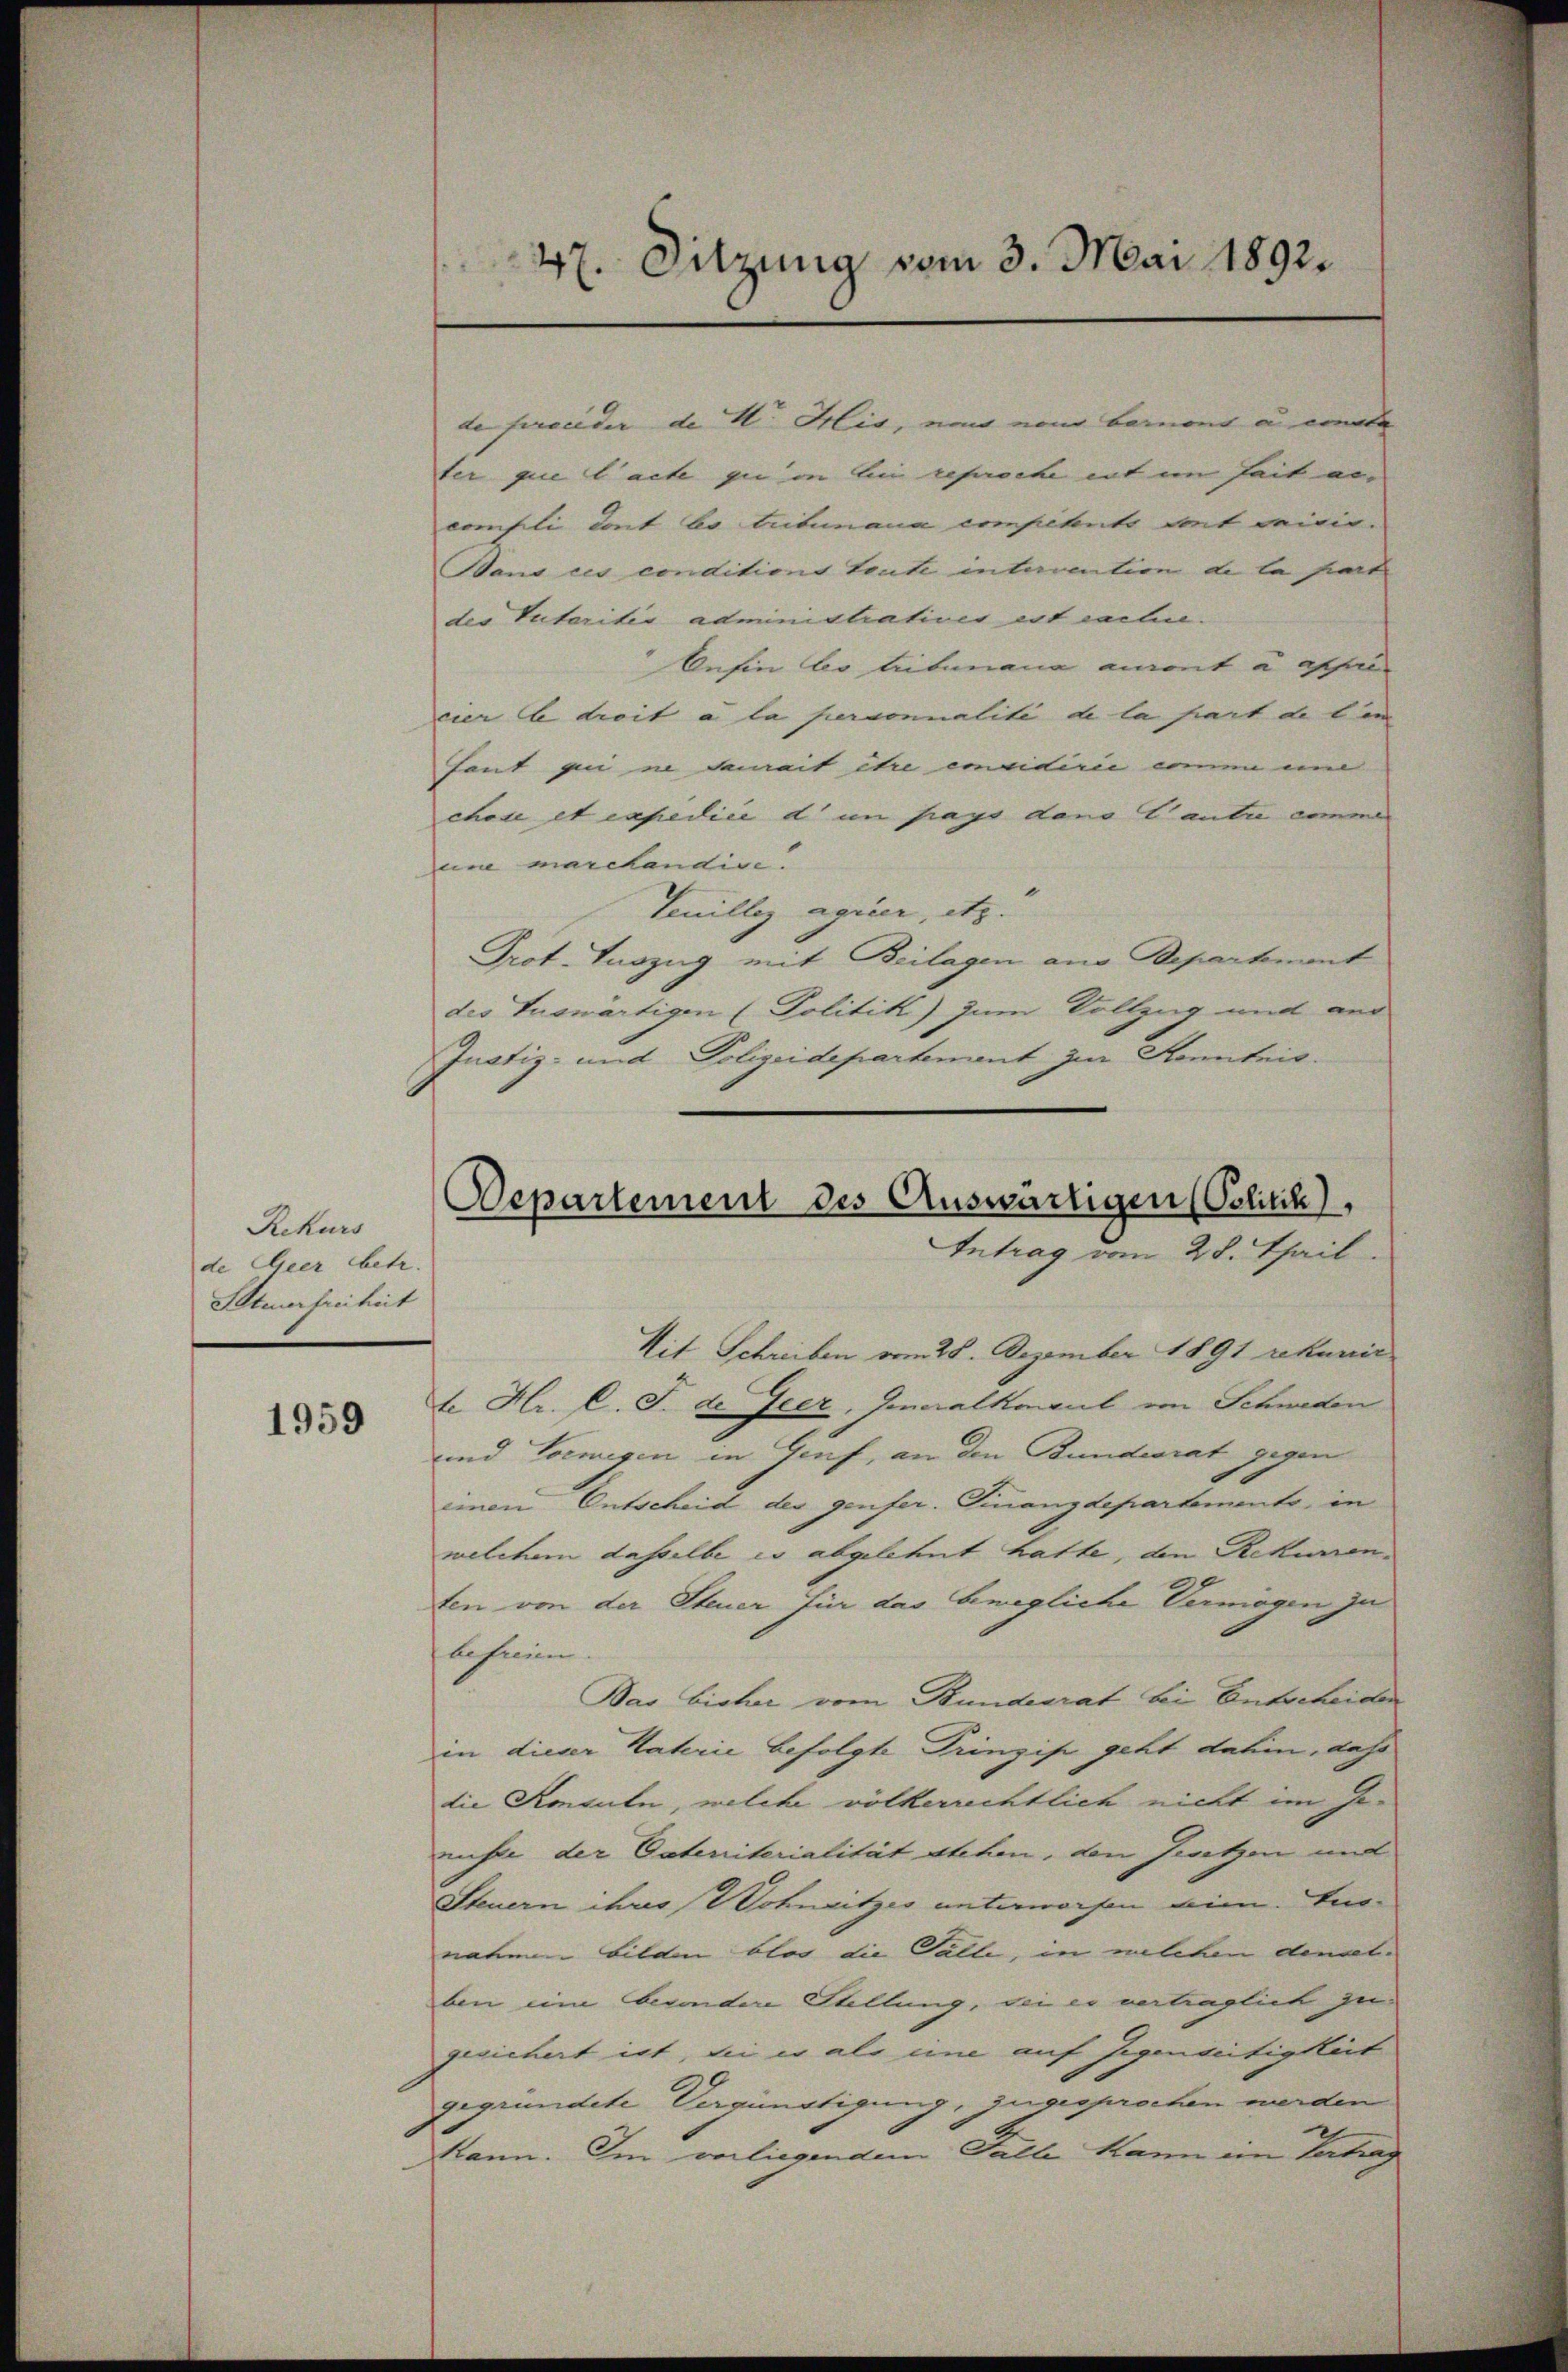
Rekurs
de Geer betr.
Steuerfreiheit

1959

de ferneider de V. His, noch eine benant u eine
ter que l’acte que in bei reproche ent in seit an,
creufli dont bo trituana competents mit meidir¬
Bans ces conditions toute intervention de la part
des Vateritis administratives est cache.
Inhin bo trituana mant à assel
eier le droit à la perconnalité de la part de lin |
haut qui in damait être concidirie einen en
chose et expedici d in pays dans Canta eine
um marckendige.
Venillig agrier, etc.
Prot. Tuszug mit Beilagen aus Departement
des Tuswärtigen (Politik) zum Vollzug mit aus
Juatiz- und Polizeidepartement zur Kenntnis.
Mit Schreiben vom 28. Dezember 1891 sekunić
te Hr. C. J. de Jeer, Generalkonsul von Schweden
und Vormigen in Genf, an den Bundesrat gegen
einen Entscheid der genfer. Finanzdepartemento, in
welchem dasselbe es abgelehnt hatte, den Rekurren-
ten von der Steuer für das bewegliche Vermögen zu
befreien
Bas bisher vom Bundesrat bei Entscheiden
in dieser Katerie befolgte Prinzip geht dahin, daß
die Konsuln, welche völkerrechtlich nicht im Gemuhte der Cateriterialität stehen, den Jeutzen und
Steuern ihres Wohnsitzes unterworfen ein. Innahmen bilden blos die Fälle, in welchen denselben eine besondere Stellung, bei es vertraglich zugesichert ist, die er als eine auf Gegenseitigkeit
gegründete Vergünstigung, zugesprochen werden
kann. Im vorliegendem Falle kann im Vertrag

47. Sitzung vom 3. Mai 1892.

Departement des Auswärtigen (Oslitck),
Antrag vom 28. Theil.